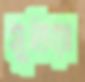
সুতিয়া